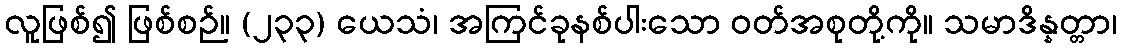
လူဖြစ်၍ ဖြစ်စဉ်။ (၂၃၃) ယေသံ၊ အကြင်ခုနစ်ပါးသော ဝတ်အစုတို့ကို။ သမာဒိန္နတ္တာ၊